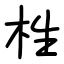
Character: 栍